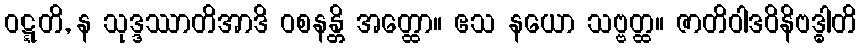
ဝဋ္ဋတိ, န သုဒ္ဒဿာတိအာဒိ ဝစနန္တိ အတ္ထော။ ဧသ နယော သဗ္ဗတ္ထ။ ဇာတိဝါဒဝိနိဗဒ္ဓါတိ